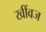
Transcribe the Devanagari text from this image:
खींवज